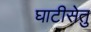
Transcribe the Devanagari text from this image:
घाटीसेतु